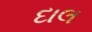
દાલ